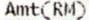
AMT(RM)